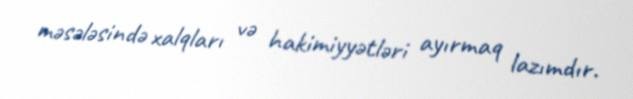
məsələsində xalqları və hakimiyyətləri ayırmaq lazımdır.